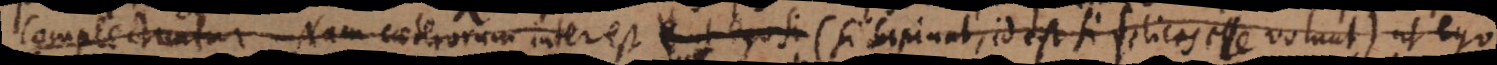
complectuntur. Nam caeterorum interest ut ego si (si sapiunt, id est si felices esse volunt) ut ego